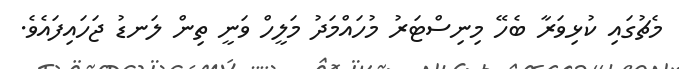
މެޗުގައި ކުޅިވަރާ ބެހޭ މިނިސްޓަރު މުހައްމަދު މަލީހް ވަނީ ތިން ލަނޑު ޖަހައިފައެވެ.